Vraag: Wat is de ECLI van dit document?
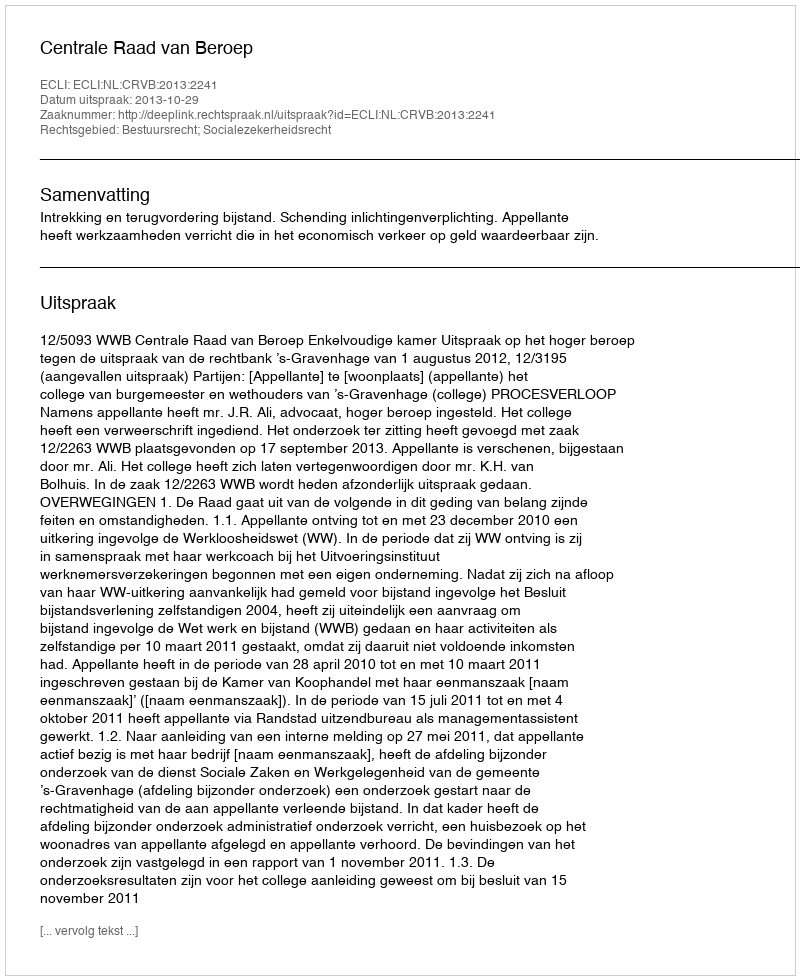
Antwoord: ECLI:NL:CRVB:2013:2241